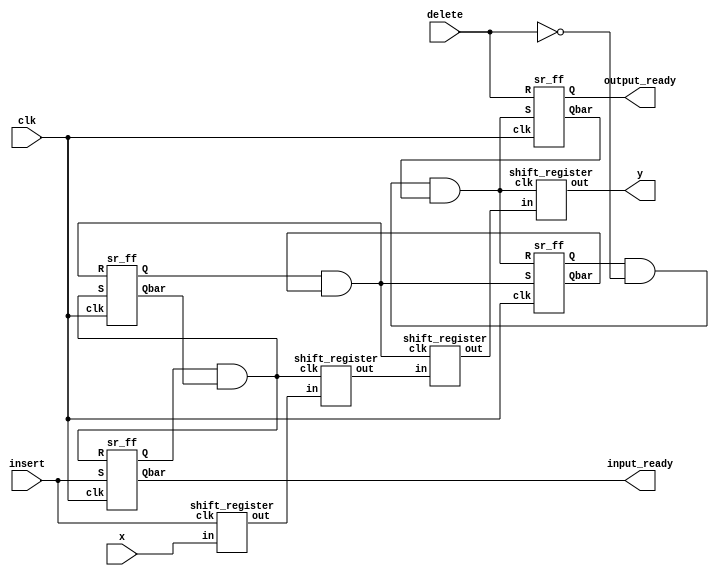
module fifo_buffer(x,insert,delete,y,input_ready,output_ready,clk);
input [3:0]x;
input insert,delete,clk;
output [3:0]y;
output input_ready,output_ready;
wire [3:0]a;
wire [3:0]b;
wire [3:0]c;
reg f1_bar_1=1;
wire c1,c2,c3,c4,f1,f1bar,f2,f2bar,f3,f3bar,f4,f4bar;
wire temp=(~delete);
shift_register A(x,c1,a);
shift_register B(a,c2,b);
shift_register C(b,c3,c);
shift_register D(c,c4,y);
sr_ff F1(c1,c2,clk,f1,f1bar);
sr_ff F2(c2,c3,clk,f2,f2bar);
sr_ff F3(c3,c4,clk,f3,f3bar);
sr_ff F4(c4,delete,clk,output_ready,f4bar);
and g1(c1,insert,f1_bar_1);
assign input_ready=f1bar;
and g2(c2,f1,f2bar);
and g3(c3,f2,f3bar);
and g4(c4,f3,temp,f4bar);
endmodule

module shift_register(in,clk,out);
input [3:0]in;
input clk;
output [3:0]out;
wire [3:0]in;
reg [3:0]out;
always @(posedge clk)
	begin
		 out<=in;
	end
endmodule

module sr_ff(S,R,clk,Q,Qbar);
input S,R,clk;
output Q,Qbar;
reg Q,Qbar;
always @(posedge clk)
begin
if(S==1&&R==0)
	begin
		Q=1'b1;
		Qbar=1'b0;
	end
else if(S==0&&R==1)
	begin
		Q=0;
		Qbar=1;
	end
else
	begin
		Q=Q;
		Qbar=Qbar;
	end
end
endmodule

module test_buffer;
reg [3:0]x;
reg insert,delete,clk;
wire [3:0]y;
wire input_ready,output_ready;
fifo_buffer B1(x,insert,delete,y,input_ready,output_ready,clk);
initial
clk=0;
always
#5 clk=!clk; 
initial
begin
insert=1;
delete=0;
end
initial
	begin
		$display("\ttime\tx\tinsert\tdelete\ty\tinput ready\toutput ready");
		$monitor($time,"\t%b\t%b\t%b\t%b\t%b\t%b",x,insert,delete,y,input_ready,output_ready);
		#10 x=4'b1010;insert=1;delete=0;
		#10 x=4'b0110;insert=1;delete=1;
		#10 $finish;
	end
endmodule
/*module test_register;
reg [3:0]in;
reg clk;
wire [3:0]out;
shift_register S1(in,clk,out);
initial
	clk=0;
always
#10 clk=!clk;
initial
	begin
		$monitor($time,"\t%b\t%b",in,out);
		#10 in=4'b0101;
		#20 in=1101;
		#400 $finish;
	end
endmodule*/

/*module test_ff;
reg S,R,clk;
wire Q,Qbar;
sr_ff FF(S,R,clk,Q,Qbar);
initial
clk=0;
always
#10 clk=!clk;
initial 
begin
	$monitor($time,"\t%b\t%b\t%b\t%b\t%b",S,R,clk,Q,Qbar);
	#10 S=0;R=1;
	#10 S=1;R=0;
	#10 $finish;
end
endmodule*/